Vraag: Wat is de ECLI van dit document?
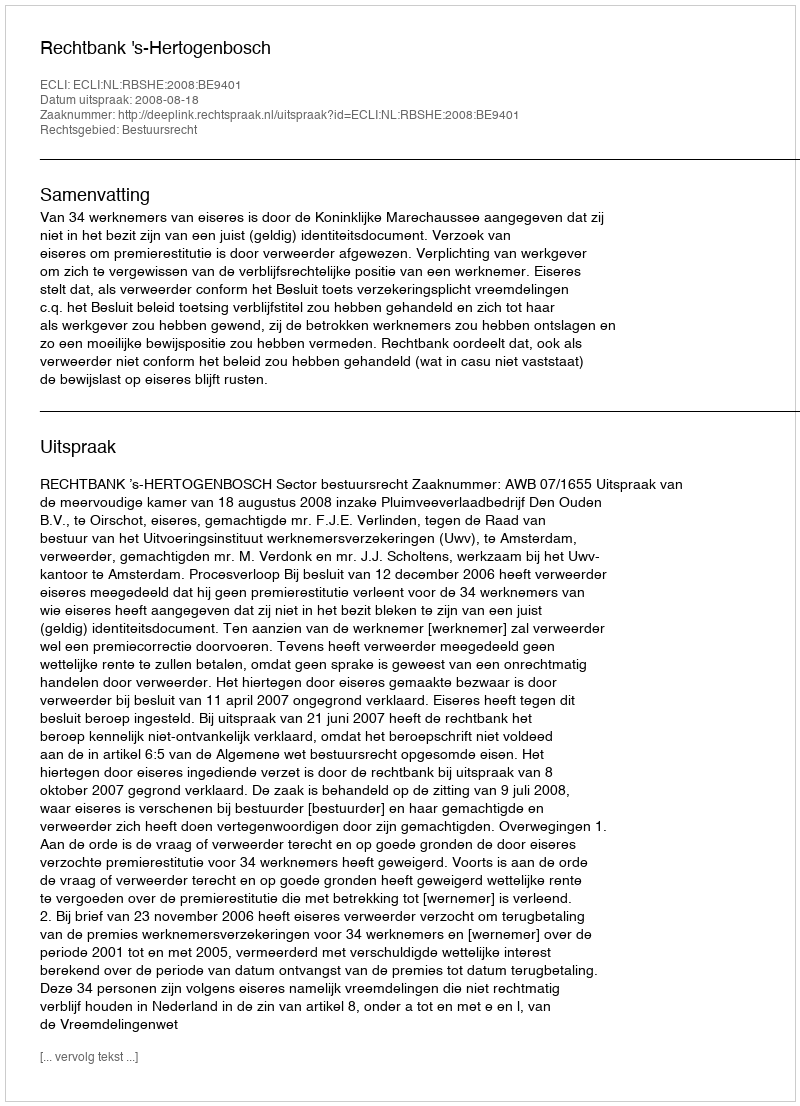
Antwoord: ECLI:NL:RBSHE:2008:BE9401